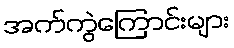
အက်ကွဲကြောင်းများ